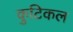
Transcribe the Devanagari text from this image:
कुटिकल